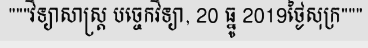
"""វិទ្យាសាស្ត្រ បច្ចេកវិទ្យា, 20 ធ្នូ 2019ថ្ងៃសុក្រ"""